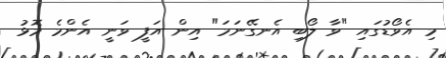
މި އެވޯޑުގައި "ވާ ލޯބި އެނގޭނަމަ" އިން އަފީ ވަނީ އެންމެ މޮޅު